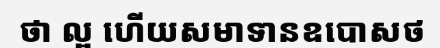
ថា ល្អ ហើយសមាទានឧបោសថ